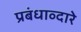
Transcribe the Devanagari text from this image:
प्रबंधाव्दारे